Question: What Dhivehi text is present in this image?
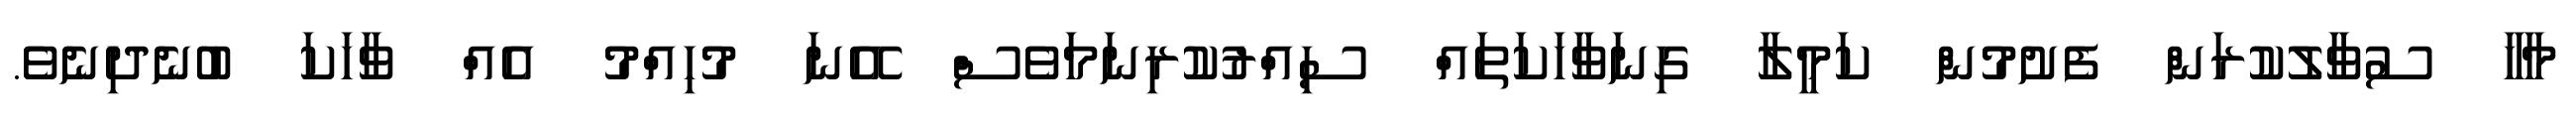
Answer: މާހާ ސުވާލުކުރަން ފެށުމުން ކަމީލާ ގިނަވާހަކަތައް ސިއްރުކުރިނަމަވެސް އޭނަ މުހިއްމު އެއް ވާހަކަ ބުނެދިނެވެ.